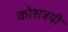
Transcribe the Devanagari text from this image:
कोशत्रयी